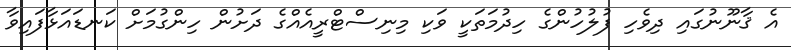
އެ ޤާނޫނުގައި ދިވެހި ފުލުހުންގެ ހިދުމަތަކީ ވަކި މިނިސްޓްރީއެއްގެ ދަށުން ހިންގުމަށް ކަނޑައަޅާފައިވާ